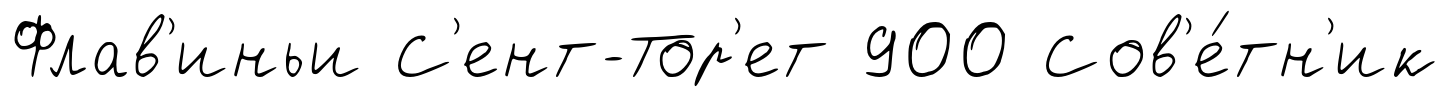
Флав'иньи С'ент-Тор'ет 900 Сов'е́тн'ик